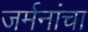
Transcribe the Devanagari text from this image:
जर्मनांचा